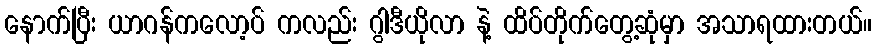
နောက်ပြီး ယာဂန်ကလော့ပ် ကလည်း ဂွါဒီယိုလာ နဲ့ ထိပ်တိုက်တွေ့ဆုံမှာ အသာရထားတယ်။